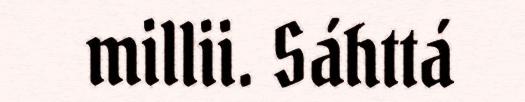
millii. Sáhttá